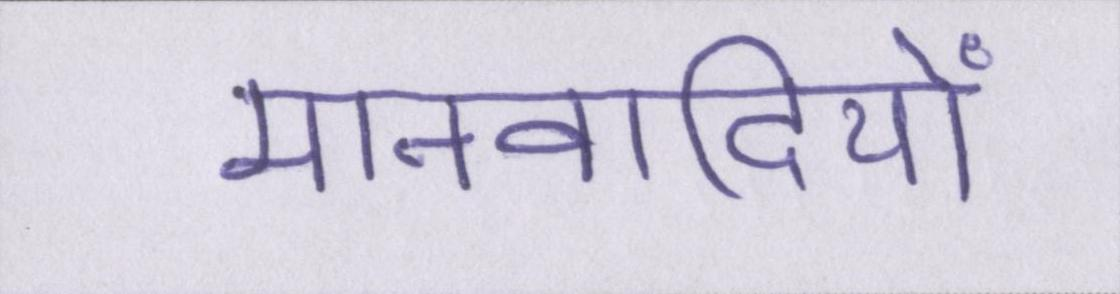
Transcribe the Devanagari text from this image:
मानवादियों